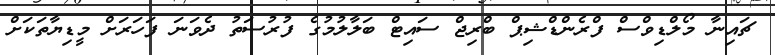
ޗައިނާ މޯލްޑިވްސް ފްރެންޑްޝިޕް ބްރިޖް ސައިޓް ބަލާލުމުގެ ފުރުސަތު ދެވަނަ ފަހަރަށް މީޑިޔާތަކަށް